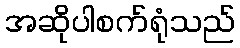
အဆိုပါစက်ရုံသည်